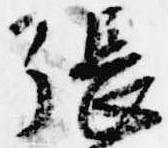
張